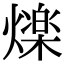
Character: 𭶒